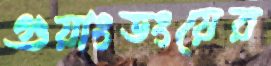
গুয়াংডংয়ের